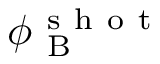
\phi _ { \mathrm { ~ B ~ } } ^ { \mathrm { ~ s ~ h ~ o ~ t ~ } }